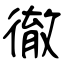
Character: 徹